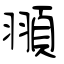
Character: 頨